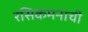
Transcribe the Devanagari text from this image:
रसिकमनाची